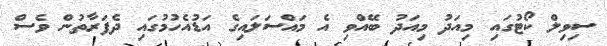
ސިވިލް ކޯޓުގައި މިއަދު މިއަދު ބޭއްވި އެ މައްސަލައިގެ އަޑުއެހުމުގައި ދެފަރާތުން ވެސް